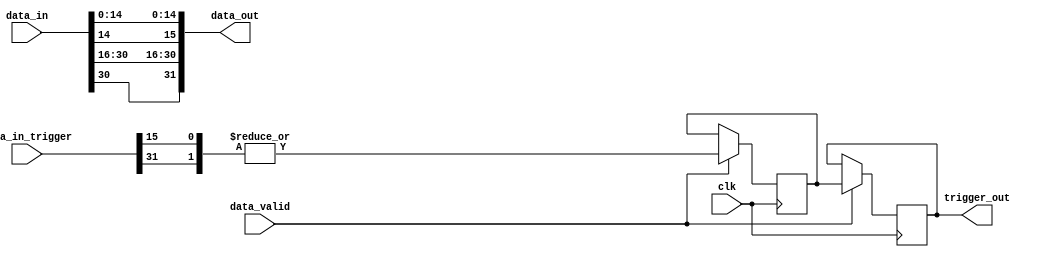
// ***************************************************************************
// ***************************************************************************
// Copyright 2011(c) Analog Devices, Inc.
//
// All rights reserved.
//
// Redistribution and use in source and binary forms, with or without modification,
// are permitted provided that the following conditions are met:
//     - Redistributions of source code must retain the above copyright
//       notice, this list of conditions and the following disclaimer.
//     - Redistributions in binary form must reproduce the above copyright
//       notice, this list of conditions and the following disclaimer in
//       the documentation and/or other materials provided with the
//       distribution.
//     - Neither the name of Analog Devices, Inc. nor the names of its
//       contributors may be used to endorse or promote products derived
//       from this software without specific prior written permission.
//     - The use of this software may or may not infringe the patent rights
//       of one or more patent holders.  This license does not release you
//       from the requirement that you obtain separate licenses from these
//       patent holders to use this software.
//     - Use of the software either in source or binary form, must be run
//       on or directly connected to an Analog Devices Inc. component.
//
// THIS SOFTWARE IS PROVIDED BY ANALOG DEVICES "AS IS" AND ANY EXPRESS OR IMPLIED WARRANTIES,
// INCLUDING, BUT NOT LIMITED TO, NON-INFRINGEMENT, MERCHANTABILITY AND FITNESS FOR A
// PARTICULAR PURPOSE ARE DISCLAIMED.
//
// IN NO EVENT SHALL ANALOG DEVICES BE LIABLE FOR ANY DIRECT, INDIRECT, INCIDENTAL, SPECIAL,
// EXEMPLARY, OR CONSEQUENTIAL DAMAGES (INCLUDING, BUT NOT LIMITED TO, INTELLECTUAL PROPERTY
// RIGHTS, PROCUREMENT OF SUBSTITUTE GOODS OR SERVICES; LOSS OF USE, DATA, OR PROFITS; OR
// BUSINESS INTERRUPTION) HOWEVER CAUSED AND ON ANY THEORY OF LIABILITY, WHETHER IN CONTRACT,
// STRICT LIABILITY, OR TORT (INCLUDING NEGLIGENCE OR OTHERWISE) ARISING IN ANY WAY OUT OF
// THE USE OF THIS SOFTWARE, EVEN IF ADVISED OF THE POSSIBILITY OF SUCH DAMAGE.
// ***************************************************************************
// ***************************************************************************

`timescale 1ns/100ps

module util_extract (

  clk,

  data_in,
  data_in_trigger,
  data_valid,

  data_out,
  trigger_out

);

  parameter   CHANNELS = 2;

  parameter  DW = CHANNELS * 16;
  input             clk;
  input   [DW-1:0]  data_in;
  input   [DW-1:0]  data_in_trigger;
  input             data_valid;

  output  [DW-1:0]  data_out;
  output            trigger_out;

   // loop variables

  genvar  n;

  reg trigger_out;
  reg trigger_d1;

  wire [15:0] trigger; // 16 maximum channels

  generate
  for (n = 0; n < CHANNELS; n = n + 1) begin: g_data_out
    assign data_out[(n+1)*16-1:n*16] = {data_in[(n*16)+14],data_in[(n*16)+14:n*16]};
    assign trigger[n] = data_in_trigger[(16*n)+15];
  end
  for (n = CHANNELS; n < 16; n = n + 1) begin: g_trigger_out
    assign trigger[n] = 1'b0;
  end
  endgenerate

  // compensate delay in the FIFO
  always @(posedge clk) begin
    if (data_valid == 1'b1) begin
      trigger_d1  <= |trigger;
      trigger_out <= trigger_d1;
    end
  end

endmodule

// ***************************************************************************
// ***************************************************************************